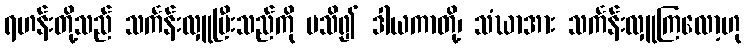
ရဟန်းတို့သည် သင်္ကန်းလှူပြီးသည်ကို မသိ၍ ဒါယကာတို့၊ သံဃာအား သင်္ကန်းလှူကြလော့ဟု